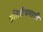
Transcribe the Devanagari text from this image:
प्रतिरोधमापी